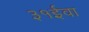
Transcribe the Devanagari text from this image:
३१ईवा